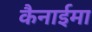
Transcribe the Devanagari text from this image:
कैनाईमा